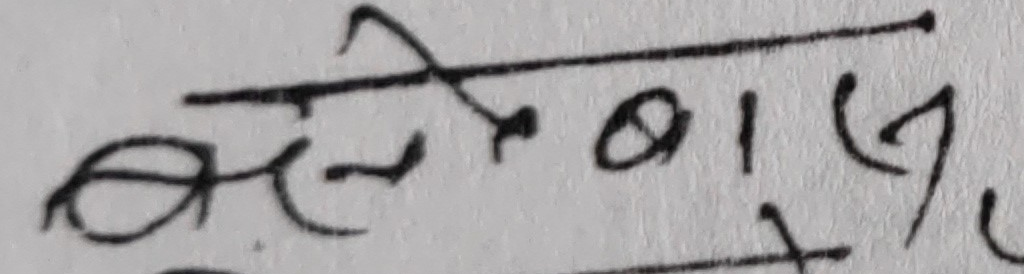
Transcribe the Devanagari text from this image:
लेवासुको